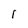
Character: 1